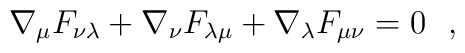
\nabla_{\mu}F_{\nu \lambda} + \nabla_{\nu}F_{\lambda \mu} +   \nabla_{\lambda}F_{\mu \nu} = 0~~,